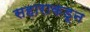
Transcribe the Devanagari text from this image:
सहाराकडून